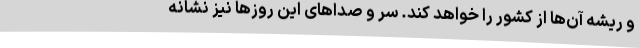
و ریشه آن‌ها از کشور را خواهد کند. سر و صداهای این روزها نیز نشانه